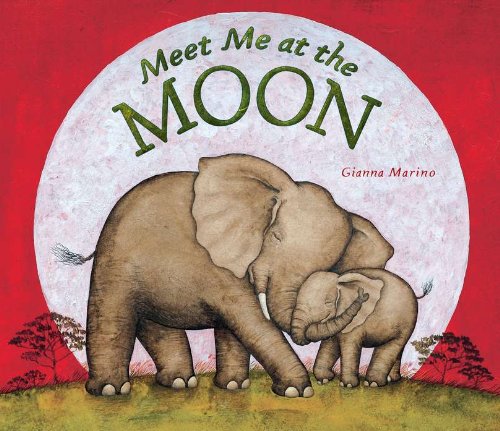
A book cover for Meet Me at the Moon; Gianna Marino; Children's Books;